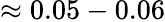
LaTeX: \approx 0.05-0.06